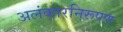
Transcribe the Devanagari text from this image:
अलंकारनिरूपण